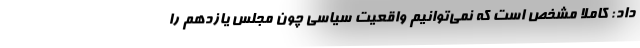
داد: کاملاً مشخص است که نمی‌توانیم واقعیت سیاسی چون مجلس یازدهم را